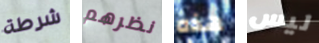
شرطة نظرهم هذه ليس